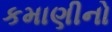
કમાણીનો